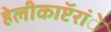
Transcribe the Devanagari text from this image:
हेलीकाॅप्टरांे